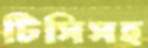
টিসিসহ